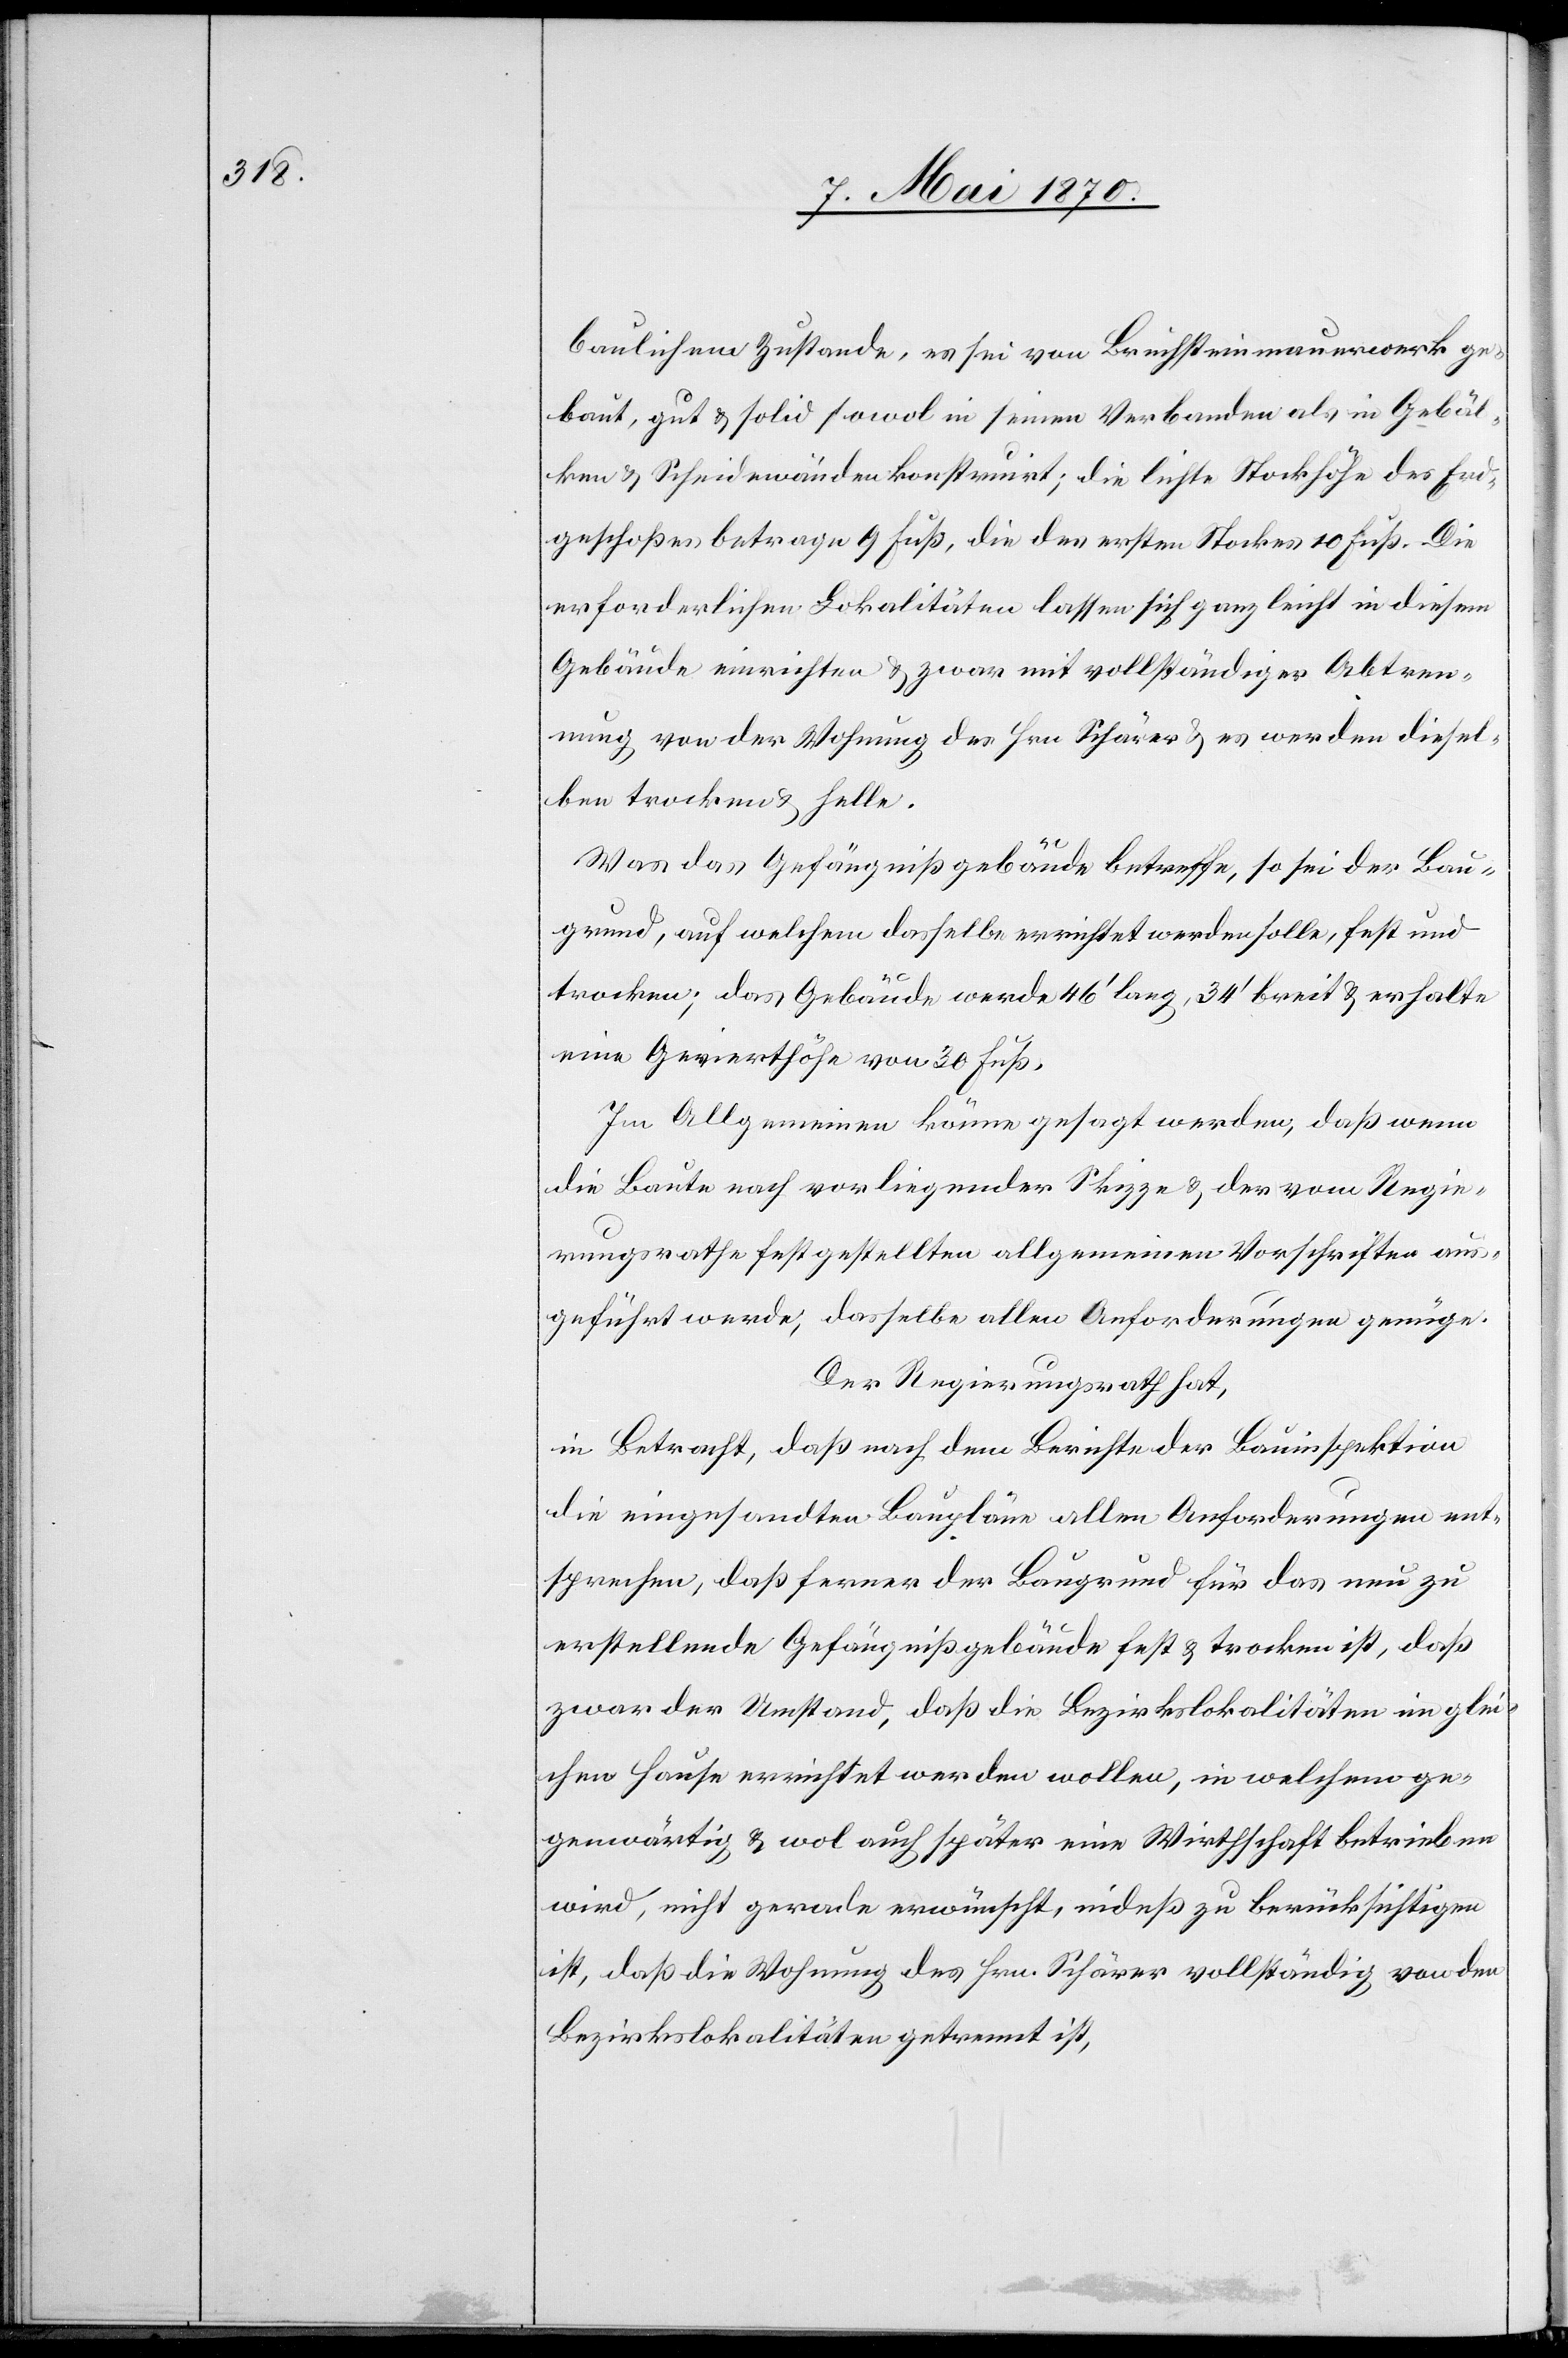
baulichem Zustande, es sei von Bruchsteinmauerwerk ge¬
baut, gut & solid sowol in seinen Verbanden als in Gebäl¬
ken & Scheidewänden konstruirt; die lichte Stockhöhe des Erd¬
geschoßes betrage 9 Fuß, die des ersten Stockes 10 Fuß. Die
erforderlichen Lokalitäten lassen sich ganz leicht in diesem
Gebäude einrichten & zwar mit vollständiger Abtren¬
nung von der Wohnung des Hrn. Schärer & es werden diesel¬
ben trocken & helle.
Was das Gefängnißgebäude betreffe, so sei der Bau¬
grund, auf welchem dasselbe errichtet werden solle, fest und
trocken, das Gebäude werde 46‘ lang, 34‘ breit & erhalte
eine Gevierthöhe von 30 Fuß.
Im Allgemeinden könne gesagt werden, daß wenn
die Baute nach vorliegender Skizze & der vom Regie¬
rungsrathe festgestellten allgemeinen Vorschriften aus¬
geführt werde, dasselbe allen Anforderungen genüge.
Der Regierungsrath hat,
in Betracht, daß nach dem Berichte der Bauinspektion
die eingesandten Baupläne allen Anforderungen ent¬
sprechen, daß ferner der Baugrund für das neu zu
erstellende Gefängnißgebäude fest & trocken ist, daß
zwar der Umstand, daß die Bezirkslokalitäten im glei¬
chen Hause errichtet werden wollen, in welchem ge¬
genwärtige & wol auch später eine Wirthschaft betrieben
wird, nicht gerade erwünscht, indeß zu berücksichtigen
ist, daß die Wohnung des Hrn. Schärer vollständig von den
Bezirkslokalitäten getrennt ist,